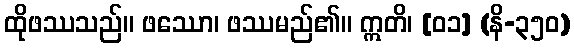
ထိုဖဿသည်။ ဖဿော၊ ဖဿမည်၏။ ဣတိ၊ [၀၁] (နိ-၃၅၀)